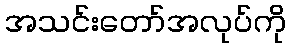
အသင်းတော်အလုပ်ကို